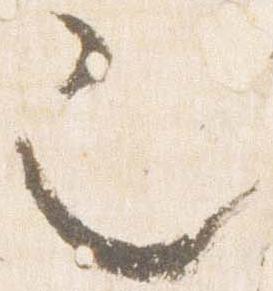
也